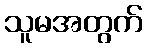
သူမအတွက်